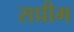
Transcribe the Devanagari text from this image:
सप्रीम